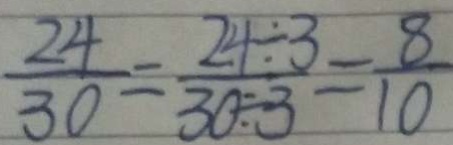
\frac { 2 4 } { 3 0 } = \frac { 2 4 \div 3 } { 3 0 \div 3 } = \frac { 8 } { 1 0 }